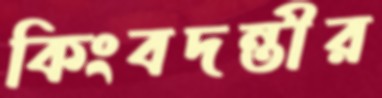
কিংবদন্তীর